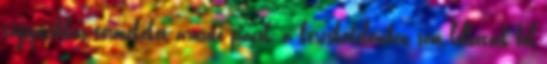
tájspecifikus termékeket árusító piacok, a kereskedelemben sem lelhetőek fel